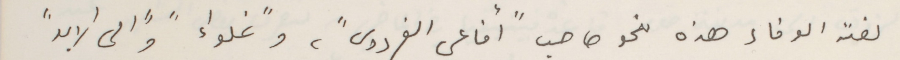
لفته الوفاء هذه نحو صاحب "أفاعي الفردوس"، و"غلواءً و"الى الابد"